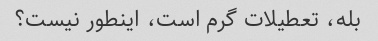
بله، تعطیلات گرم است، اینطور نیست؟